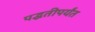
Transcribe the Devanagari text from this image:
पद्धतीपर्यंत